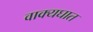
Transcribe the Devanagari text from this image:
वाक्यघात